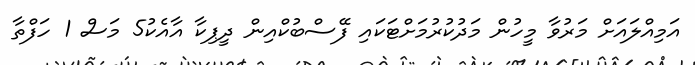
އަމިއްލައަށް މަރުވާ މީހުން މަދުކުރުމަށްޓަކައި ފޭސްބުކްއިން ދީޕިކާ އާއެކު5 މަސް 1 ހަފްތާ